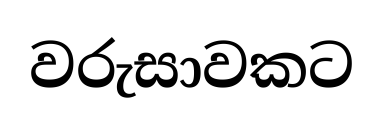
වරුසාවකට